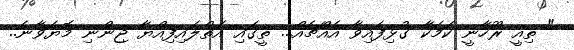
" ތިއީ ރޫހާނީ ކަމަކާ ގުޅިފައިވާ އެއްޗެއް... ތީގައި އަތްލައިފިއްޔާ ޖިންނި މޮޔަވާނެ..